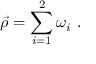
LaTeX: \vec { \rho } = \sum _ { i = 1 } ^ { 2 } \omega _ { i } \ .